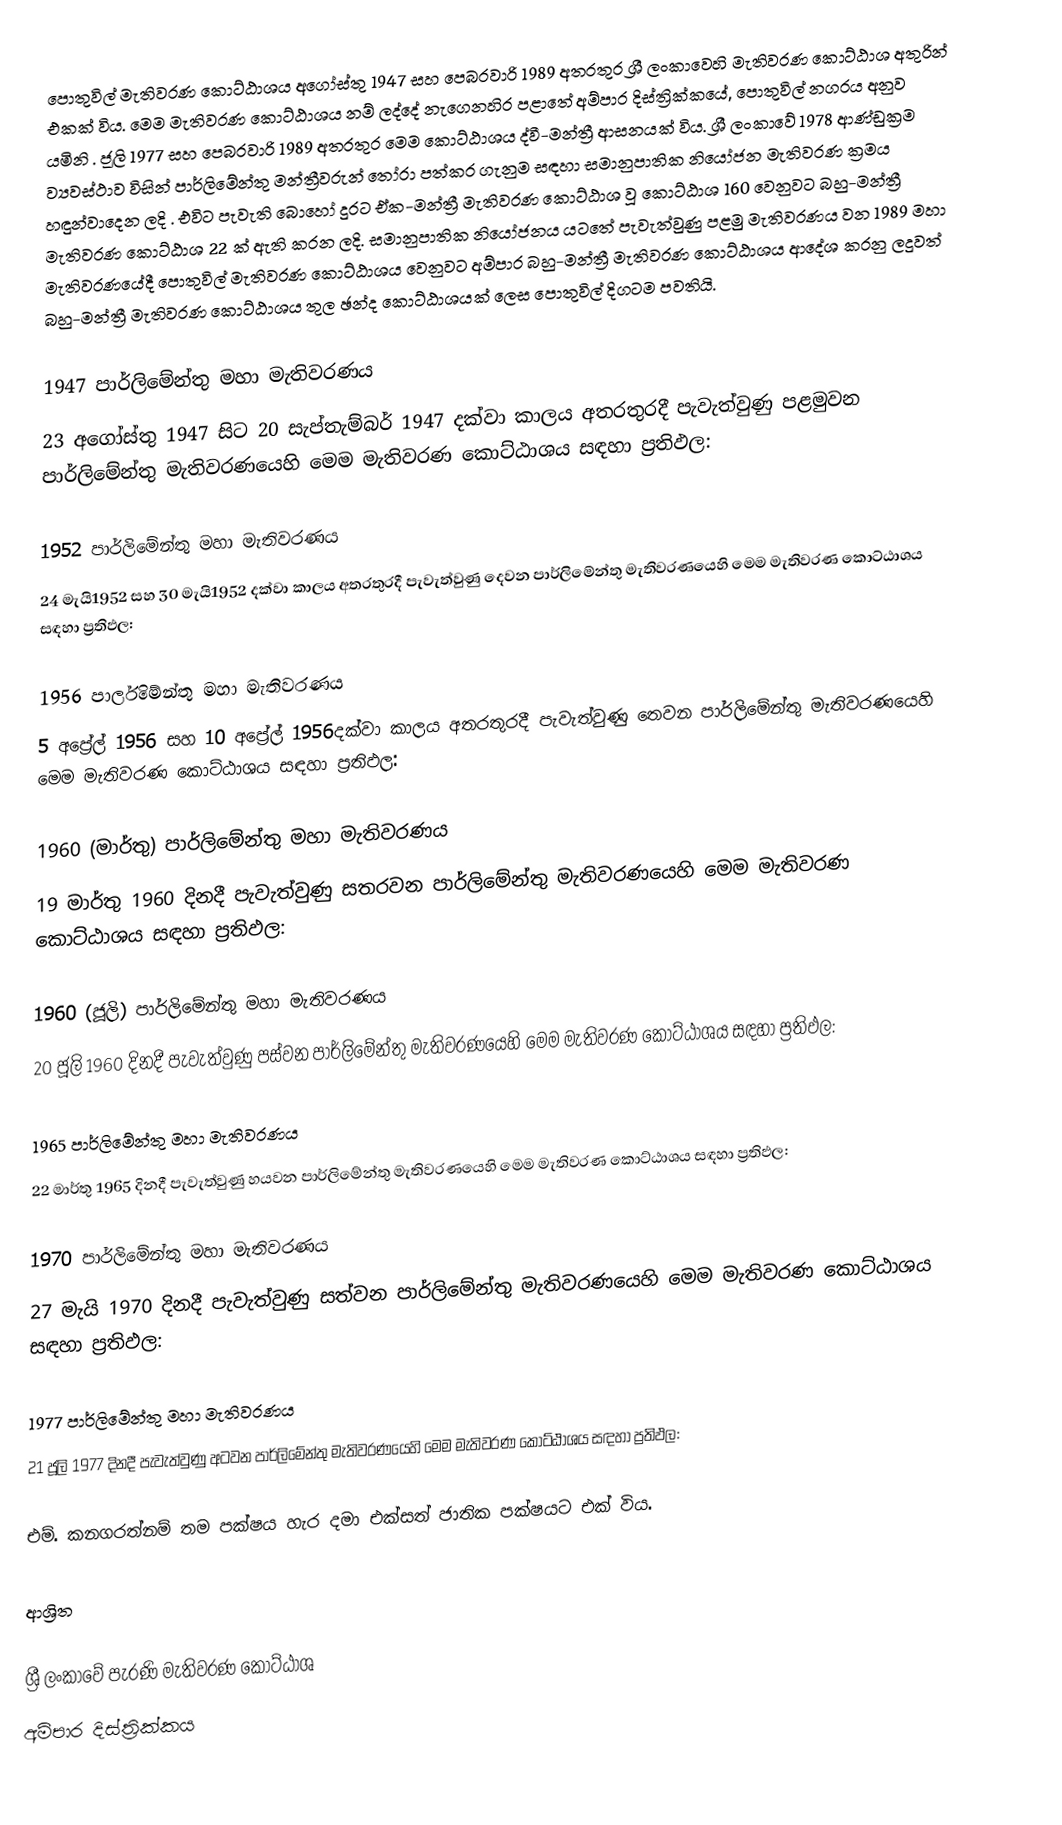
පොතුවිල් මැතිවරණ කොට්ඨාශය  අගෝස්තු 1947 සහ පෙබරවාරි 1989 අතරතුර  ශ්‍රී ලංකාවෙහි  මැතිවරණ කොට්ඨාශ අතුරින් එකක් විය. මෙම මැතිවරණ කොට්ඨාශය නම් ලද්දේ  නැගෙනහිර පළාතේ  අම්පාර දිස්ත්‍රික්කයේ,  පොතුවිල් නගරය අනුව යමිනි . ජූලි 1977 සහ පෙබරවාරි 1989 අතරතුර මෙම කොට්ඨාශය ද්වී-මන්ත්‍රී ආසනයක් විය. ශ්‍රී ලංකාවේ 1978 ආණ්ඩුක්‍රම ව්‍යවස්ථාව විසින්   පාර්ලිමේන්තු මන්ත්‍රීවරුන් තෝරා පත්කර ගැනුම සඳහා සමානුපාතික නියෝජන මැතිවරණ ක්‍රමය හඳුන්වාදෙන ලදි . එවිට පැවැති බොහෝ දුරට  ඒක-මන්ත්‍රී මැතිවරණ කොට්ඨාශ වූ කොට්ඨාශ 160 වෙනුවට බහු-මන්ත්‍රී මැතිවරණ කොට්ඨාශ 22 ක් ඇති කරන ලදි. සමානුපාතික නියෝජනය යටතේ පැවැත්වුණු  පළමු මැතිවරණය වන 1989 මහා මැතිවරණයේදී  පොතුවිල් මැතිවරණ කොට්ඨාශය වෙනුවට  අම්පාර බහු-මන්ත්‍රී මැතිවරණ කොට්ඨාශය  ආදේශ කරනු ලදුවත් බහු-මන්ත්‍රී මැතිවරණ කොට්ඨාශය තුල ඡන්ද කොට්ඨාශයක් ලෙස පොතුවිල් දිගටම පවතියි.

1947 පාර්ලිමේන්තු මහා මැතිවරණය
23 අගෝස්තු 1947 සිට 20 සැප්තැම්බර් 1947 දක්වා කාලය අතරතුරදී පැවැත්වුණු   පළමුවන පාර්ලිමේන්තු මැතිවරණයෙහි මෙම මැතිවරණ කොට්ඨාශය සඳහා ප්‍රතිඵල:

1952 පාර්ලිමේන්තු මහා මැතිවරණය
24 මැයි1952 සහ 30 මැයි1952 දක්වා කාලය අතරතුරදී පැවැත්වුණු   දෙවන පාර්ලිමේන්තු මැතිවරණයෙහි මෙම මැතිවරණ කොට්ඨාශය සඳහා ප්‍රතිඵල:

1956 පාර්ලිමේන්තු මහා මැතිවරණය
5 අප්‍රේල් 1956 සහ 10 අප්‍රේල් 1956දක්වා කාලය අතරතුරදී පැවැත්වුණු   තෙවන පාර්ලිමේන්තු මැතිවරණයෙහි මෙම මැතිවරණ කොට්ඨාශය සඳහා ප්‍රතිඵල:

1960 (මාර්තු) පාර්ලිමේන්තු මහා මැතිවරණය
19 මාර්තු 1960 දිනදී පැවැත්වුණු   සතරවන පාර්ලිමේන්තු මැතිවරණයෙහි මෙම මැතිවරණ කොට්ඨාශය සඳහා ප්‍රතිඵල:

1960 (ජූලි) පාර්ලිමේන්තු මහා මැතිවරණය
20 ජූලි 1960 දිනදී පැවැත්වුණු   පස්වන පාර්ලිමේන්තු මැතිවරණයෙහි මෙම මැතිවරණ කොට්ඨාශය සඳහා ප්‍රතිඵල:

1965 පාර්ලිමේන්තු මහා මැතිවරණය
22 මාර්තු 1965  දිනදී පැවැත්වුණු   හයවන පාර්ලිමේන්තු මැතිවරණයෙහි මෙම මැතිවරණ කොට්ඨාශය සඳහා ප්‍රතිඵල:

1970 පාර්ලිමේන්තු මහා මැතිවරණය
27 මැයි 1970 දිනදී පැවැත්වුණු   සත්වන පාර්ලිමේන්තු මැතිවරණයෙහි මෙම මැතිවරණ කොට්ඨාශය සඳහා ප්‍රතිඵල:

1977 පාර්ලිමේන්තු මහා මැතිවරණය
21 ජූලි 1977 දිනදී පැවැත්වුණු   අටවන පාර්ලිමේන්තු මැතිවරණයෙහි මෙම මැතිවරණ කොට්ඨාශය සඳහා ප්‍රතිඵල:

එම්. කනගරත්නම්  තම පක්ෂය හැර දමා  එක්සත් ජාතික පක්ෂයට එක් විය.

ආශ්‍රිත

ශ්‍රී ලංකාවේ පැරණි මැතිවරණ කොට්ඨාශ
අම්පාර දිස්ත්‍රික්කය